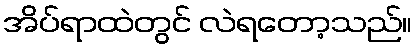
အိပ်ရာထဲတွင် လဲရတော့သည်။